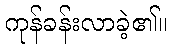
ကုန်ခန်းလာခဲ့၏။